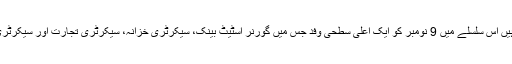
پاکستان اور چین کے درمیان متعین طور پر کن کن امور میں تعاون اور سمجھوتے ہوسکتے ہیں اس سلسلے میں 9 نومبر کو ایک اعلیٰ سطحی وفد جس میں گورنر اسٹیٹ بینک، سیکرٹری خزانہ، سیکرٹری تجارت اور سیکرٹری منصوبہ بندی شامل ہیں دوبارہ بیجنگ جائے گا اور معاملات کو حتمی شکل دی جائے گی۔